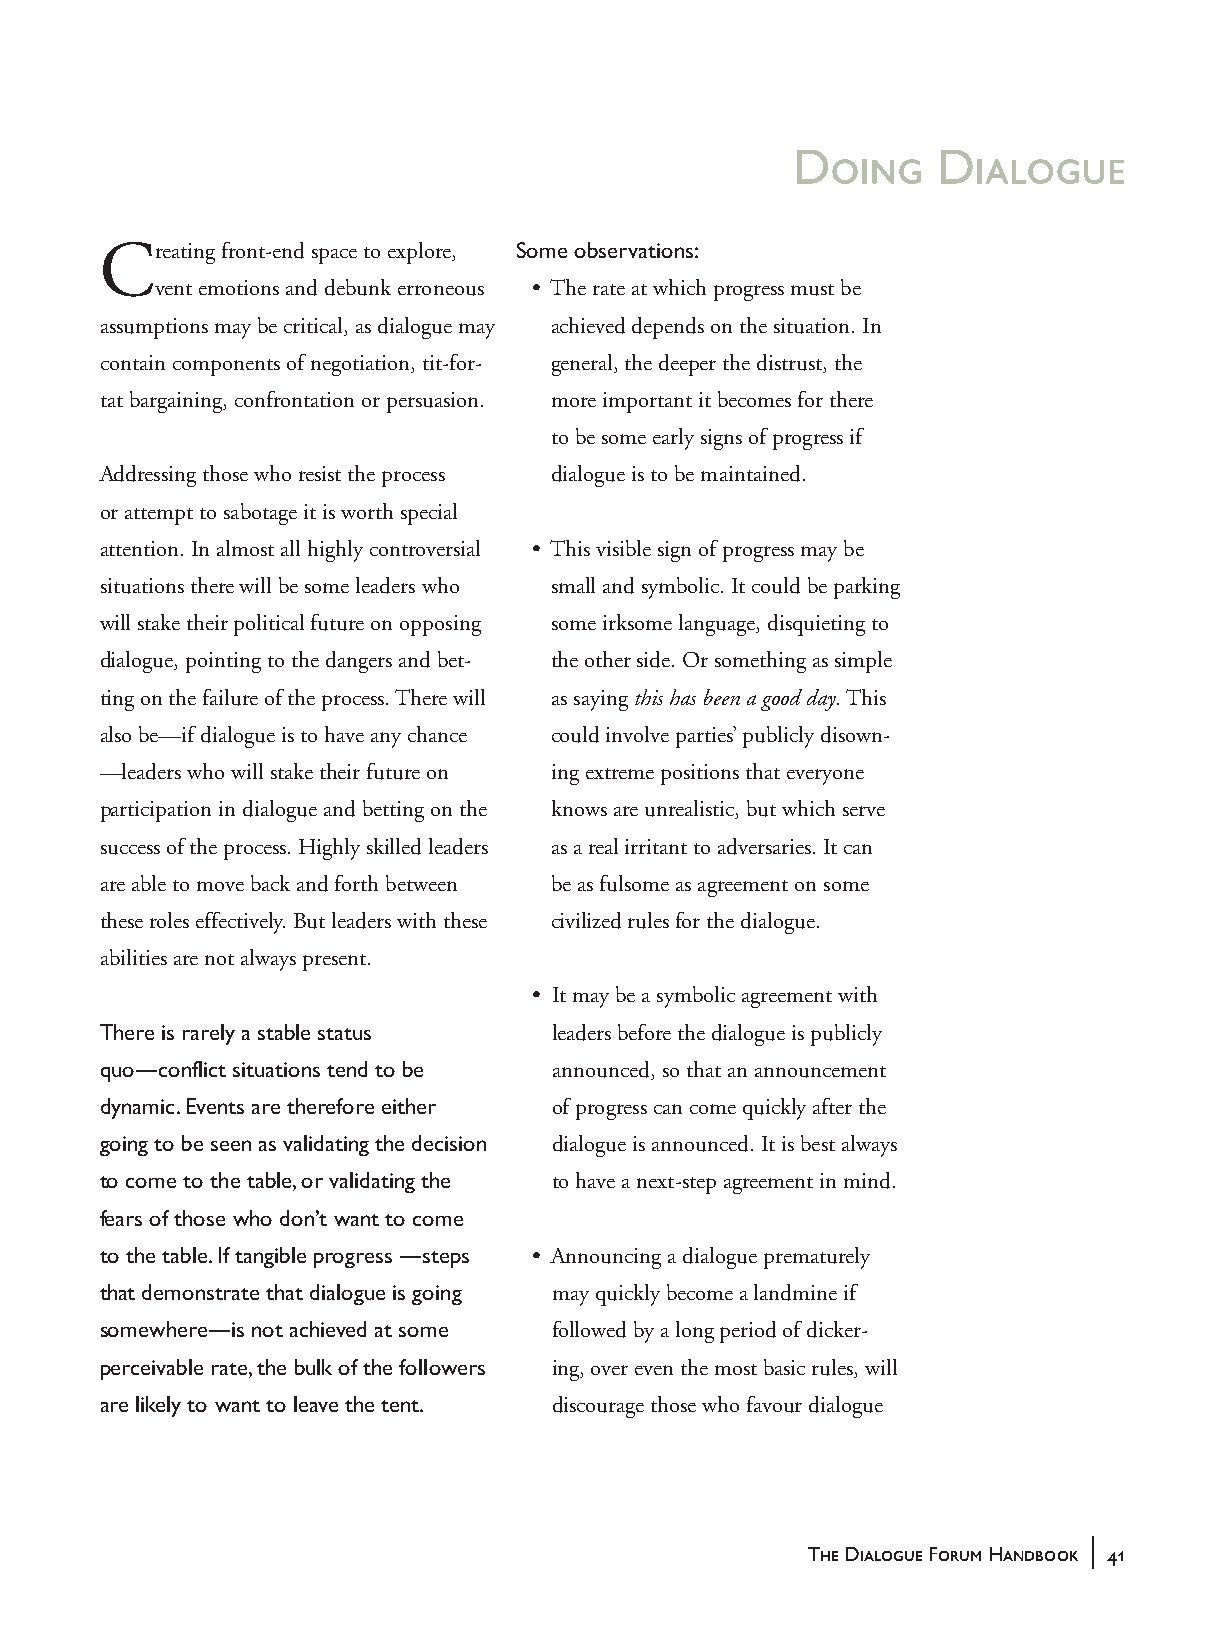
Doing     Dialogue
 Creating front-end space to explore, Some observations:
 vent emotions and debunk erroneous • The rate at which progress must be
 assumptions may be critical, as dialogue may achieved depends on the situation. In
 contain components of negotiation, tit-for- general, the deeper the distrust, the
 tat bargaining, confrontation or persuasion. more important it becomes for there
 to be some early signs of progress if
 Addressing those who resist the process dialogue is to be maintained.
 or attempt to sabotage it is worth special
 attention. In almost all highly controversial • This visible sign of progress may be
 situations there will be some leaders who small and symbolic. It could be parking
 will stake their political future on opposing some irksome language, disquieting to
 dialogue, pointing to the dangers and bet- the other side. Or something as simple
 ting on the failure of the process. There will as saying this has been a good day. This
 also be—if dialogue is to have any chance could involve parties’ publicly disown-
 —leaders who will stake their future on ing extreme positions that everyone
 participation in dialogue and betting on the knows are unrealistic, but which serve
 success of the process. Highly skilled leaders as a real irritant to adversaries. It can
 are able to move back and forth between be as fulsome as agreement on some
 these roles effectively. But leaders with these civilized rules for the dialogue.
 abilities are not always present.
 • I t may be a symbolic agreement with
 There is rarely a stable status leaders before the dialogue is publicly
 quo—conflict situations tend to be announced, so that an announcement
 dynamic. Events are therefore either of progress can come quickly after the
 going to be seen as validating the decision dialogue is announced. It is best always
 to come to the table, or validating the to have a next-step agreement in mind.
 fears of those who don’t want to come
 to the table. If tangible progress —steps • A nnouncing a dialogue prematurely
 that demonstrate that dialogue is going may quickly become a landmine if
 somewhere—is not achieved at some followed by a long period of dicker-
 perceivable rate, the bulk of the followers ing, over even the most basic rules, will
 are likely to want to leave the tent. discourage those who favour dialogue
 |
 The Dialogue Forum Handbook 41
 handbook_web         41                             5/30/04, 4:37 PM